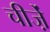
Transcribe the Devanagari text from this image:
चीजे़ं